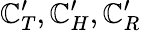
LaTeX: \mathbb{C}_{T}^{\prime},\mathbb{C}_{H}^{\prime},\mathbb{C}_{R}^{\prime}